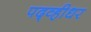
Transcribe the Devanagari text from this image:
पद्व्हीधर